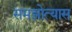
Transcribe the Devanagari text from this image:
समझोत्यास